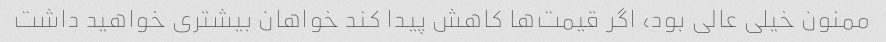
ممنون خیلی عالی بود، اگر قیمت‌ها کاهش پیدا کند خواهان بیشتری خواهید داشت